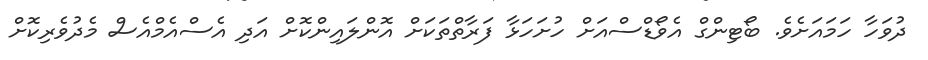
ދުވަހާ ހަމައަށެވެ. ބޯޓިންގް އެވޯޑްސްއަށް ހުށަހަޅާ ފަރާތްތަކަށް އޮންލައިންކޮށް އަދި އެސްއެމްއެސް މެދުވެރިކޮށް